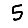
Digit: 5